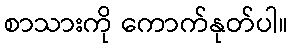
စာသားကို ကောက်နုတ်ပါ။